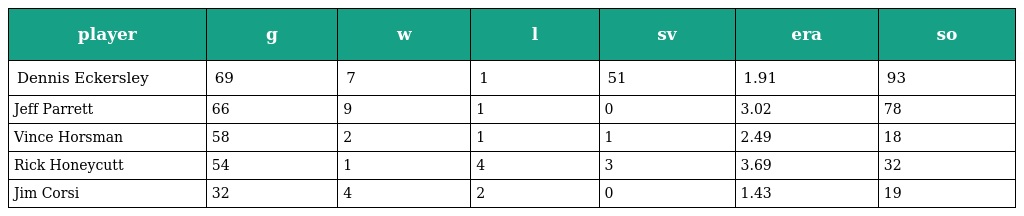
| player | g | w | l | sv | era | so |
 | --- | --- | --- | --- | --- | --- | --- |
 | Dennis Eckersley | 69 | 7 | 1 | 51 | 1.91 | 93 |
 | Jeff Parrett | 66 | 9 | 1 | 0 | 3.02 | 78 |
 | Vince Horsman | 58 | 2 | 1 | 1 | 2.49 | 18 |
 | Rick Honeycutt | 54 | 1 | 4 | 3 | 3.69 | 32 |
 | Jim Corsi | 32 | 4 | 2 | 0 | 1.43 | 19 |